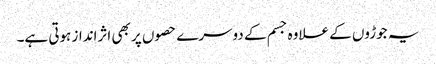
یہ جوڑوں کے علاوہ جسم کے دوسرے حصوں پر بھی اثرانداز ہوتی ہے۔